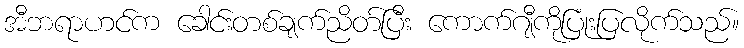
အီဘရာဟင်က ခေါင်းတစ်ချက်ညိတ်ပြီး ကောက်ဂျီကိုပြုံးပြလိုက်သည်။